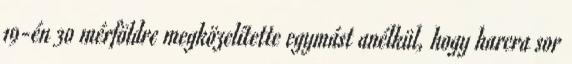
19-én 30 mérföldre megközelítette egymást anélkül, hogy harcra sor